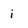
Character: i